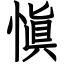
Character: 愼